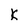
Character: k